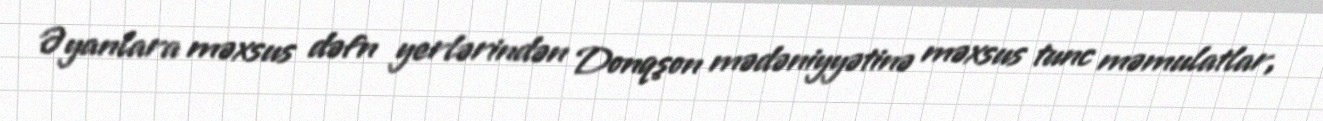
Əyanlara məxsus dəfn yerlərindən Donqşon mədəniyyətinə məxsus tunc məmulatlar,